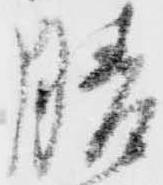
膳